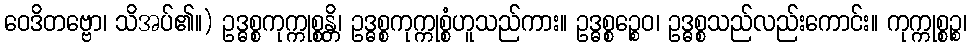
ဝေဒိတဗ္ဗော၊ သိအပ်၏။) ဥဒ္ဓစ္စကုက္ကုစ္စန္တိ၊ ဥဒ္ဓစ္စကုက္ကုစ္စံဟူသည်ကား။ ဥဒ္ဓစ္စဉ္စေဝ၊ ဥဒ္ဓစ္စသည်လည်းကောင်း။ ကုက္ကုစ္စဉ္စ၊